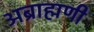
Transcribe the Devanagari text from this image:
अब्राह्मणी